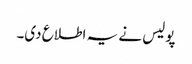
پولیس نے یہ اطلاع دی۔